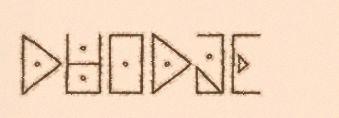
DUODJE